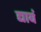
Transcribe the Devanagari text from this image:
द्यावं